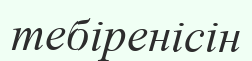
тебіренісін